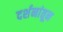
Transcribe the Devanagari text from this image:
दर्शनांतून